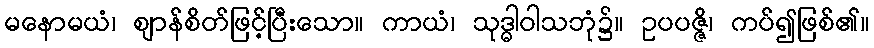
မနောမယံ၊ ဈာန်စိတ်ဖြင့်ပြီးသော။ ကာယံ၊ သုဒ္ဓါဝါသဘုံ၌။ ဥပပဇ္ဇိ၊ ကပ်၍ဖြစ်၏။